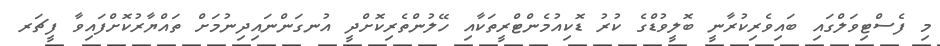
މި ފެސްޓިވަލްގައި ބައިވެރިކުރާނީ ބޮލީވުޑްގެ ކުރު ޑޮކިއުމެންޓްރީތަކާއި ހޭލުންތެރިކޮށްދީ އުނގަންނައިދިނުމަށް ތައްޔާރުކޮށްފައިވާ ފީޗަރ